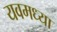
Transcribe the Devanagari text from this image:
यवमध्या